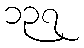
၁၃၇